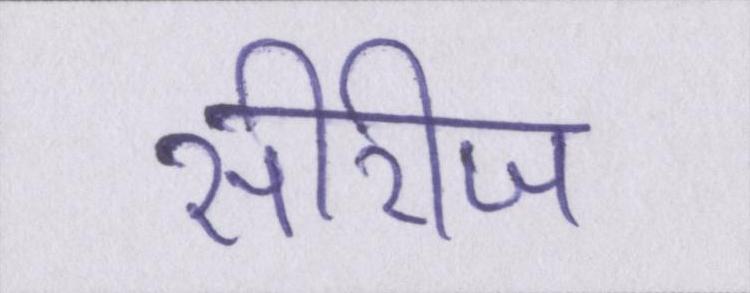
सीरीज